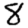
Digit: 8